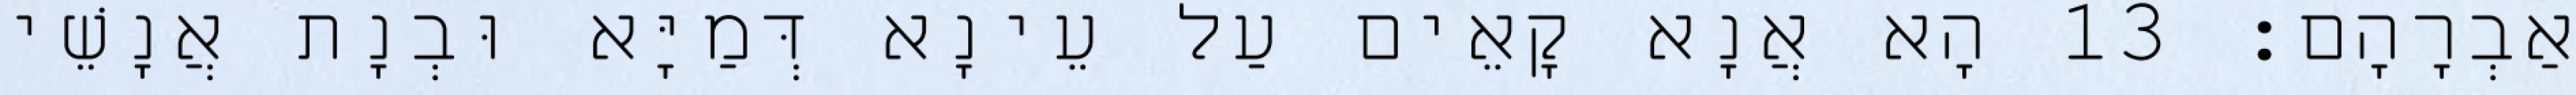
אַבְרָהָם׃ 13 הָא אֲנָא קָאֵים עַל עֵינָא דְּמַיָּא וּבְנָת אֲנָשֵׁי